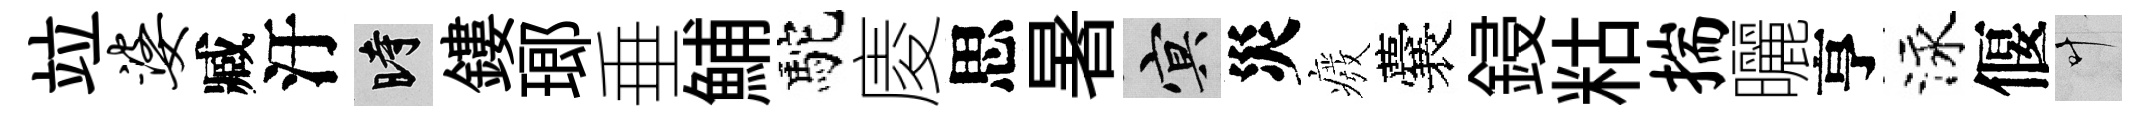
竝婆臧汙时鏤瑯垂鯆駝庱思暑冥災癈囊鋟䊀揣曬亨泳偃叶